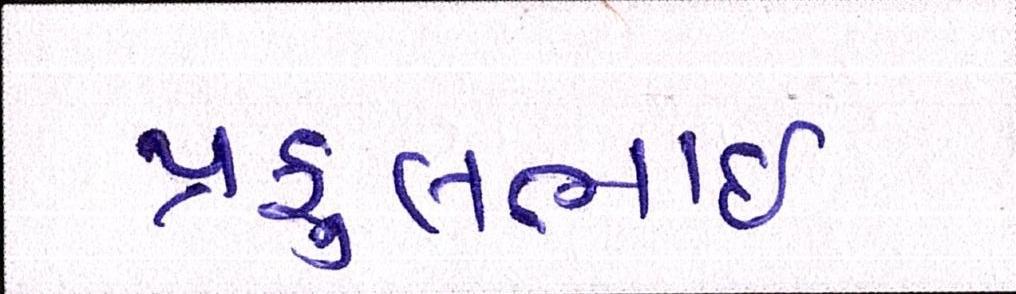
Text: પ્રફુલભાઈ